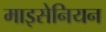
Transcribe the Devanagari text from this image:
माइसेनियन